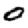
Digit: 0